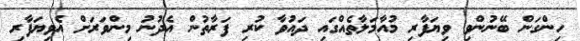
ހިންގަން ބޭނުންވި ވިޔަފާރި މުއާމަލާތެއްގައި ދައުވާ ކުރި ފަރާތުން އެދުނު މިންވަރަށް އެވިޔަފާރި